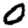
Digit: 0